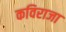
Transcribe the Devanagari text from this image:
कविराजा